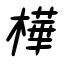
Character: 樺